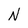
Character: N